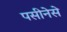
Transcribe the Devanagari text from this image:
पसीनेसे